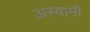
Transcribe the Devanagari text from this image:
अस्वामी